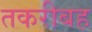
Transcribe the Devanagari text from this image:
तकरीबह